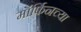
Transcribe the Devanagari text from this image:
मॉर्फिनच्या